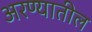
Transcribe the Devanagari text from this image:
अरण्यातील